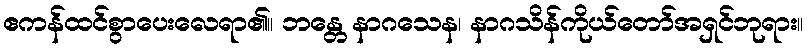
ဧကန်ထင်စွာပေးလေရာ၏။ ဘန္တေ နာဂသေန၊ နာဂသိန်ကိုယ်တော်အရှင်ဘုရား။